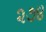
૨૭૪